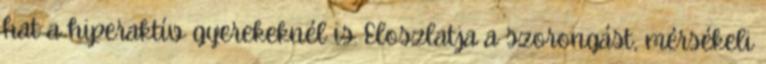
hat a hiperaktív gyerekeknél is. Eloszlatja a szorongást, mérsékeli